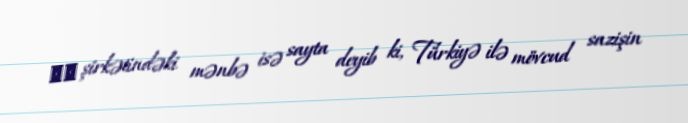
ВР şirkətindəki mənbə isə sayta deyib ki, Türkiyə ilə mövcud sazişin